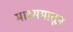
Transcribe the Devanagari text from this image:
माध्ममातून